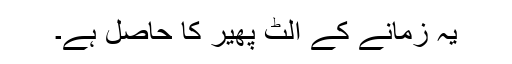
یہ زمانے کے الٹ پھیر کا حاصل ہے۔